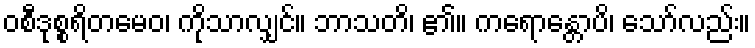
ဝစီဒုစ္စရိတမေဝ၊ ကိုသာလျှင်။ ဘာသတိ၊ ၏။ ကရောန္တောပိ၊ သော်လည်း။